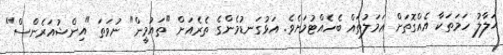
ޙަލާލު ހަމަތަކާ އެއްގޮތަށް ޢަމަލުތައް ބެހެއްޓުމަށެވެ. އަޅުގަނޑުމެންގެ ތެރެއަށް "ތައުމީން" ނުވަތަ "އިންޝުއަރެންސް"